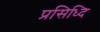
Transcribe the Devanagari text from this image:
प्रसिध्दि